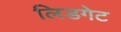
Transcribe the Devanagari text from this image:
लिडगेट